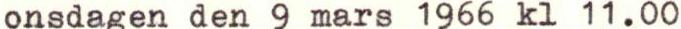
onsdagen den 9 mars 1966 kl 11.00